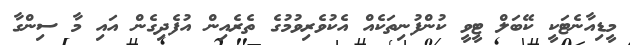
މީޑިއާނެޓަކީ ކޭބަލް ޓީވީ ކުންފުނިތަކެއް އެކުވެރިވުމުގެ ތެރެއިން އުފެދިގެން އައި މާ ސިންގާ